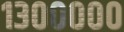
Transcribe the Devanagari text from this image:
१३०००००